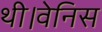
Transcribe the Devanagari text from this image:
थी।वेनिस